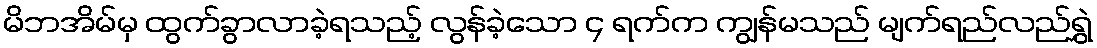
မိဘအိမ်မှ ထွက်ခွာလာခဲ့ရသည့် လွန်ခဲ့သော ၄ ရက်က ကျွန်မသည် မျက်ရည်လည်ရွှဲ